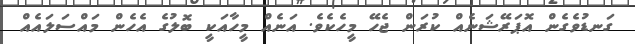
ގަނޑުވެގެން އޮޕަރޭޝަނެއް ކުރަން ޖެހޭ މީހެކެވެ. އަނެއް މީހާއަކީ ބޮލުގެ އެހެން މައްސަލައެއް